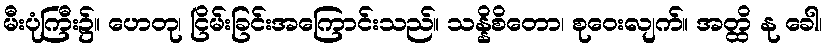
မီးပုံကြီး၌။ ဟေတု၊ ငြိမ်းခြင်းအကြောင်းသည်။ သန္နိစိတော၊ စုဝေးလျက်။ အတ္ထိ နု ခေါ၊